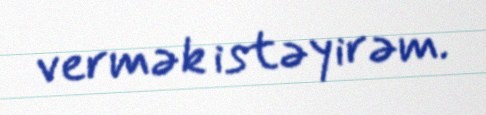
vermək istəyirəm.